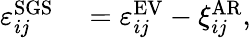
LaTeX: \begin{array}{rl}{\varepsilon_{ij}^{\mathrm{SGS}}}&{{}=\varepsilon_{ij}^{\mathrm{EV}}-\xi_{ij}^{\mathrm{AR}},}\end{array}